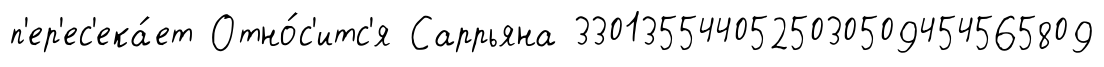
п'ер'ес'ека́ет Отно́с'итс'я Саррьяна 3301355440525030509454565809